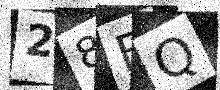
Text: 28BQ